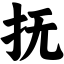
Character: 抚